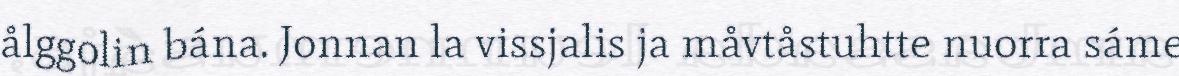
ålggolin bána. Jonnan la vissjalis ja måvtåstuhtte nuorra sáme